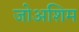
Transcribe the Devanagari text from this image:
जोअशिम